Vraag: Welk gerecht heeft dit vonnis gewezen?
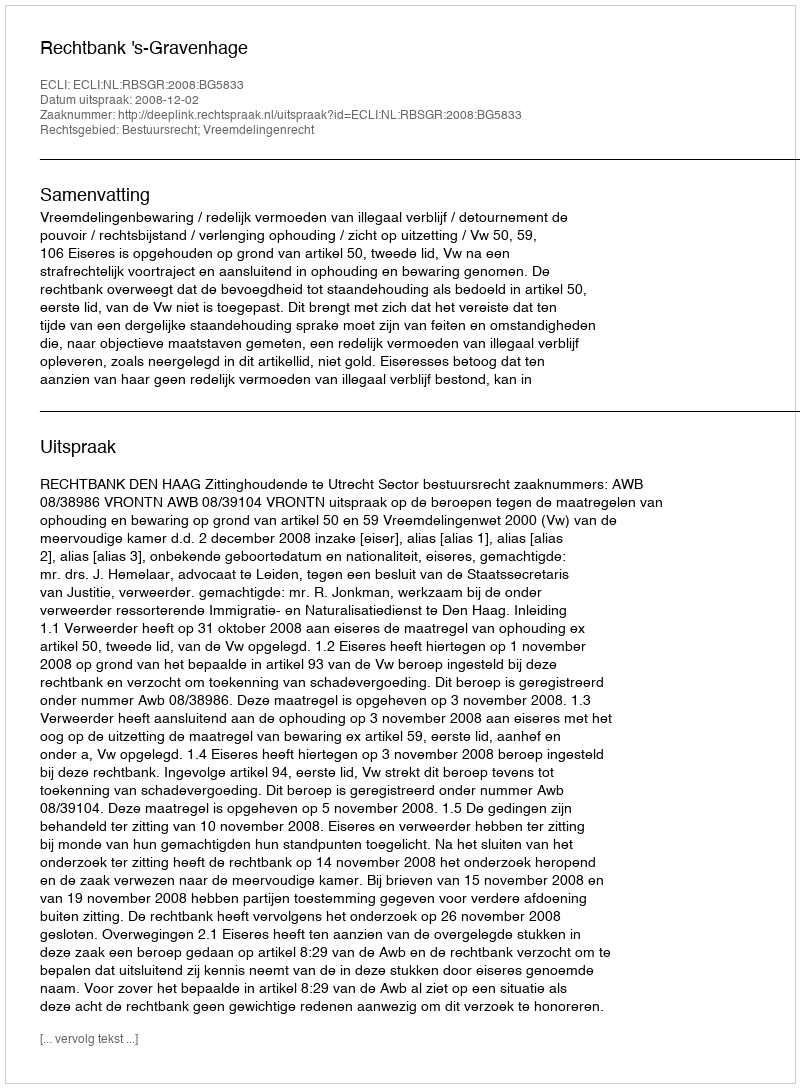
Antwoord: Rechtbank 's-Gravenhage